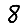
Digit: 8